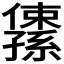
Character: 𫤅